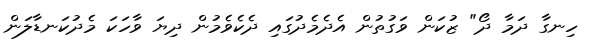
ހިނގާ ދަމާ ދޯ" ޒުކަން ވަގުތުން އެދެމެދުގައި ދެކެވެމުން ދިޔަ ވާހަކަ މެދުކަނޑާލަން